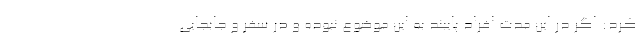
کرد: اگر در این مدت افراد پایبند به این موضوع نبوده و در سفر و جابجایی